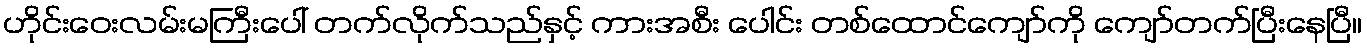
ဟိုင်းဝေးလမ်းမကြီးပေါ် တက်လိုက်သည်နှင့် ကားအစီး ပေါင်း တစ်ထောင်ကျော်ကို ကျော်တက်ပြီးနေပြီ။